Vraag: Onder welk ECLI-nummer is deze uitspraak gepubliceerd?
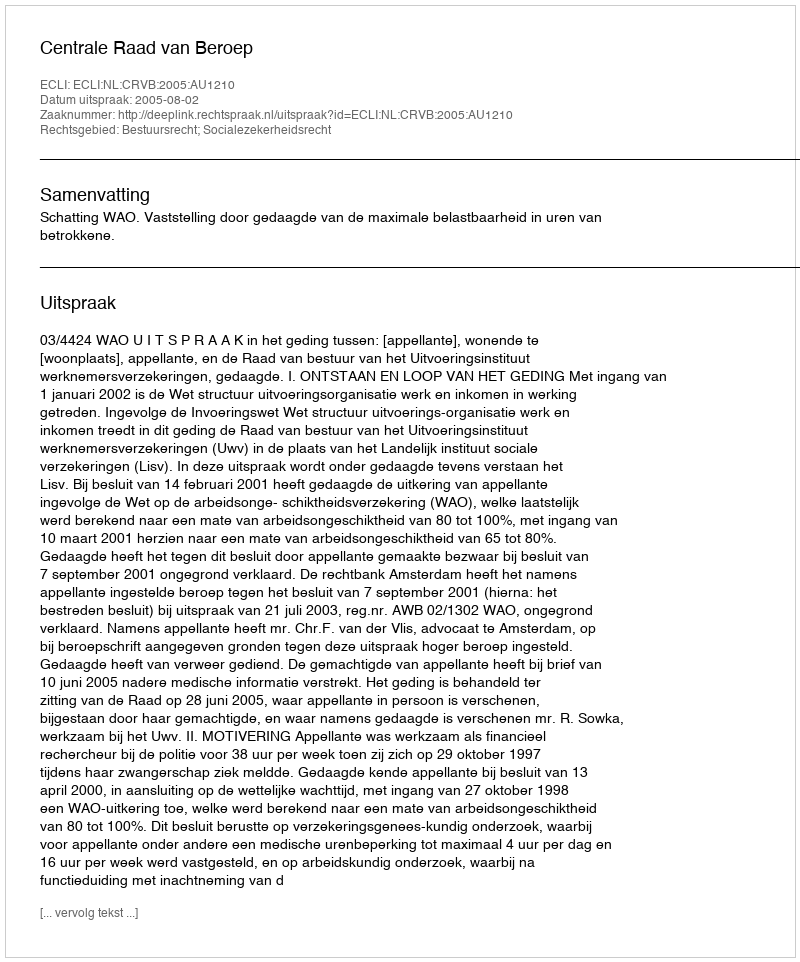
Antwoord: ECLI:NL:CRVB:2005:AU1210